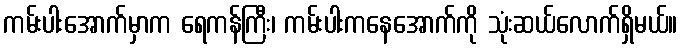
ကမ်းပါးအောက်မှာက ရေကန်ကြီး၊ ကမ်းပါးကနေအောက်ကို သုံးဆယ်လောက်ရှိမယ်။